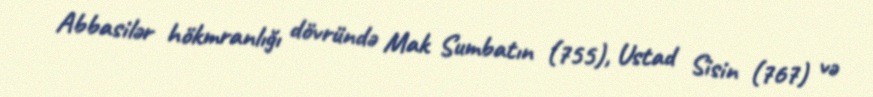
Abbasilər hökmranlığı dövründə Mak Sumbatın (755), Ustad Sisin (767) və